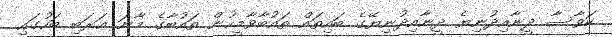
ކަވާސާ ދީނާއިދުނިޔެ ދީނާއިދުނިޔޭގެ ބައިތައް ތައުބާވާމީހުން ތައުބާގެ މާނަ ޢަރަބި ބަހުގައި